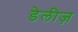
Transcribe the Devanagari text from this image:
डेलीज़